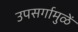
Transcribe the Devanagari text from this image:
उपसर्गामुळें